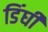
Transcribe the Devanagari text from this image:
डिंघी